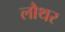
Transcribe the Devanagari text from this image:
लौथर